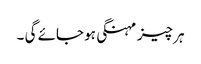
ہر چیز مہنگی ہو جائے گی ۔